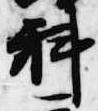
科